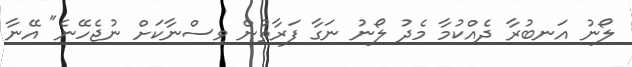
ލޯނު އަނބުރާ ދެއްކުމާ މެދު ލޯނު ނަގާ ފަރާތުން ވިސްނާކަށް ނުޖެހޭނެ" އޭނާ